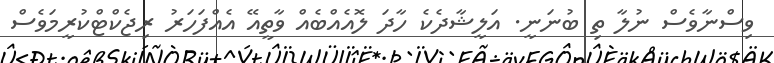
ވިސްނާވެސް ނުލާ ތި ބުނަނީ. އަލީޝާދެކެ ހާދަ ލޮއެއްބެއް ވާތީއޭ އެއްފަހަރު ރިޖެކްޓްކުރީމަވެސް